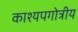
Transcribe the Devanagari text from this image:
काश्यपगोत्रीय